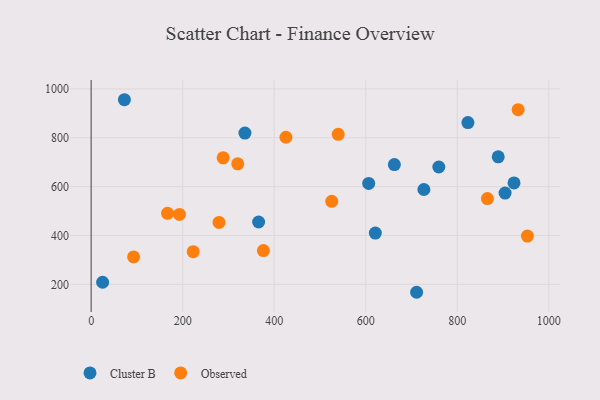
{"axis": {"x": "Engine Size", "y": "Exam Score"}, "legend": ["Cluster B", "Observed"], "data": [{"x": "25.1", "y": 208.6, "type": "Cluster B"}, {"x": "904.4", "y": 573.4, "type": "Cluster B"}, {"x": "365.9", "y": 455.2, "type": "Cluster B"}, {"x": "606.4", "y": 612.9, "type": "Cluster B"}, {"x": "889.4", "y": 721.7, "type": "Cluster B"}, {"x": "72.7", "y": 955.6, "type": "Cluster B"}, {"x": "336.0", "y": 819.2, "type": "Cluster B"}, {"x": "620.9", "y": 409.9, "type": "Cluster B"}, {"x": "711.1", "y": 167.5, "type": "Cluster B"}, {"x": "823.2", "y": 861.9, "type": "Cluster B"}, {"x": "923.9", "y": 614.9, "type": "Cluster B"}, {"x": "727.0", "y": 588.1, "type": "Cluster B"}, {"x": "662.5", "y": 690.0, "type": "Cluster B"}, {"x": "759.6", "y": 680.3, "type": "Cluster B"}, {"x": "525.7", "y": 539.6, "type": "Observed"}, {"x": "376.4", "y": 338.1, "type": "Observed"}, {"x": "320.3", "y": 693.3, "type": "Observed"}, {"x": "223.0", "y": 333.6, "type": "Observed"}, {"x": "193.0", "y": 486.3, "type": "Observed"}, {"x": "425.6", "y": 802.0, "type": "Observed"}, {"x": "288.4", "y": 717.9, "type": "Observed"}, {"x": "953.1", "y": 397.7, "type": "Observed"}, {"x": "865.8", "y": 550.9, "type": "Observed"}, {"x": "539.8", "y": 814.1, "type": "Observed"}, {"x": "279.4", "y": 453.3, "type": "Observed"}, {"x": "166.9", "y": 490.8, "type": "Observed"}, {"x": "92.8", "y": 312.3, "type": "Observed"}, {"x": "932.9", "y": 914.8, "type": "Observed"}]}